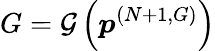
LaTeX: G=\mathcal{G}\left(\boldsymbol{p}^{(N+1,G)}\right)